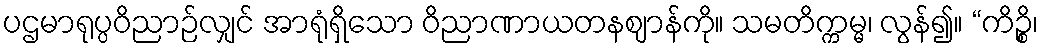
ပဌမာရုပ္ပဝိညာဉ်လျှင် အာရုံရှိသော ဝိညာဏာယတနဈာန်ကို။ သမတိက္ကမ္မ၊ လွန်၍။ “ကိဉ္စိ၊